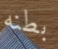
بطنه